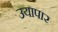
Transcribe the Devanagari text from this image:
उयापार